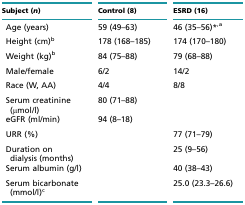
| Subject (n) | Control (8) | ESRD (16) |
 | --- | --- | --- |
 | Age (years) | 59 (49–63) | 46 (35–56)*,a |
 | Height (cm)b | 178 (168–185) | 174 (170–180) |
 | Weight (kg)b | 84 (75–88) | 79 (68–88) |
 | Male/female | 6/2 | 14/2 |
 | Race (W, AA) | 4/4 | 8/8 |
 | Serum creatinine (μmol/l) | 80 (71–88) |  |
 | eGFR (ml/min) | 94 (8–18) |  |
 | URR (%) |  | 77 (71–79) |
 | Duration on dialysis (months) |  | 25 (9–56) |
 | Serum albumin (g/l) |  | 40 (38–43) |
 | Serum bicarbonate (mmol/l)c |  | 25.0 (23.3–26.6) |